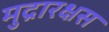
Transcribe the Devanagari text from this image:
मुद्रारक्षस